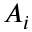
A _ { i }